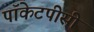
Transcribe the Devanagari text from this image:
पॉकेटपीसी